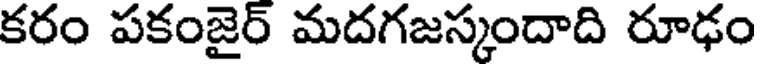
కరం పకంజైర్ మదగజస్కందాది రూఢం